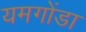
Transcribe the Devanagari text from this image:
यमगोंडा